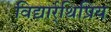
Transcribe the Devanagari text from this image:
विद्यार्र्थिप्रिय